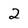
Character: 2